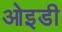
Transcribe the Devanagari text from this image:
ओइडी